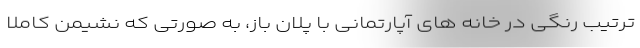
ترتیب رنگی در خانه های آپارتمانی با پلان باز، به صورتی که نشیمن کاملا